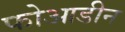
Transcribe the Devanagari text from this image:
फोआडीन